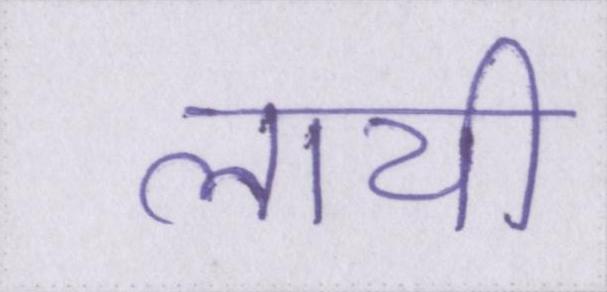
लायी